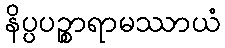
နိပ္ပပဉ္စာရာမဿာယံ